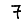
Digit: 7